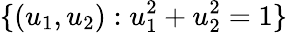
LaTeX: \{ (u_{1},u_{2}):u_{1}^{2}+u_{2}^{2}=1\}